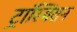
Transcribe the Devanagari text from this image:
ट्रांस्मिसन